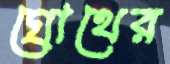
গ্রোথের